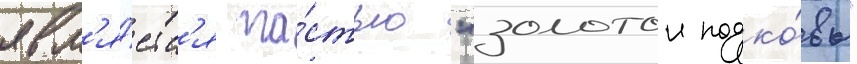
явл'я́етс'я ча́стью "золотои подко́вы"